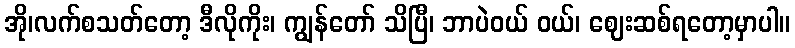
အို၊လက်စသတ်တော့ ဒီလိုကိုး၊ ကျွန်တော် သိပြီ၊ ဘာပဲဝယ် ဝယ်၊ ဈေးဆစ်ရတော့မှာပါ။